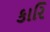
કારિ